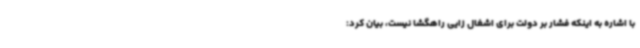
با اشاره به اینکه فشار بر دولت برای اشغال زایی راهگشا نیست، بیان کرد: